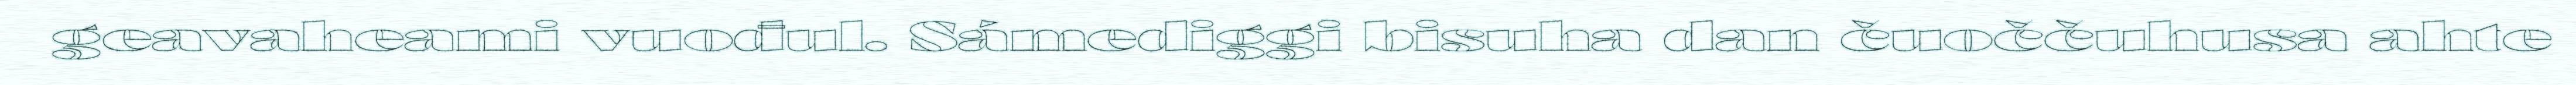
geavaheami vuođul. Sámediggi bisuha dan čuoččuhusa ahte